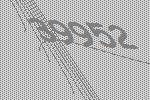
39952